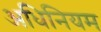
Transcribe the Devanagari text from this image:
अधिनियम